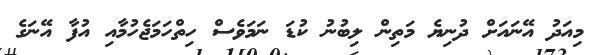
މިއަދު އޭނައަށް ދުނިޔެ މަތިން ލިބުނު ކުޑަ ނަމަވެސް ހިތްހަމަޖެހުމާއި އުފާ އޭނަގެ